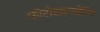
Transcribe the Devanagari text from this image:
फोटोटाइपसेटिंग